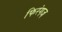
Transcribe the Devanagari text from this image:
फिरंगज